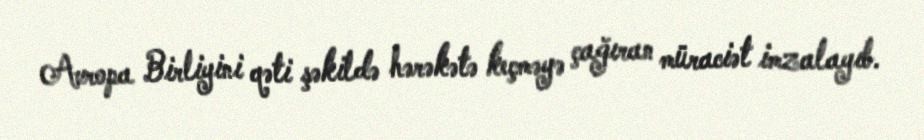
Avropa Birliyini qəti şəkildə hərəkətə keçməyə çağıran müraciət imzalayıb.